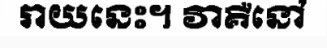
រាយនេះ។ វាគឺនៅ